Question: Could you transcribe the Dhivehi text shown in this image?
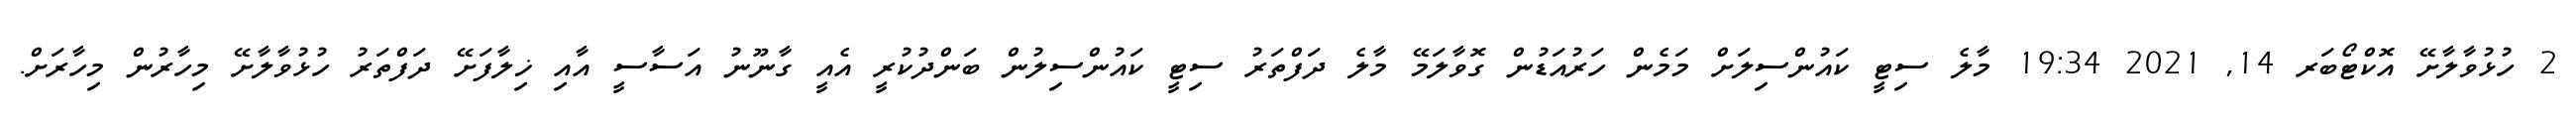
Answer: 2 ހުޅުވާލާށޭ އޮކްޓޯބަރ 14, 2021 19:34 މާލެ ސިޓީ ކައުންސިލަށް މަމެން ހަރުއަޑުން ގޮވާލަމޭ މާލެ ދަފްތަރު ސިޓީ ކައުންސިލުން ބަންދުކުރީ އެއީ ގާނޫނު އަސާސީ އާއި ޚިލާފަށޭ ދަފްތަރު ހުޅުވާލާށޭ މިހާރުން މިހާރަށް.